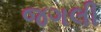
જગલી